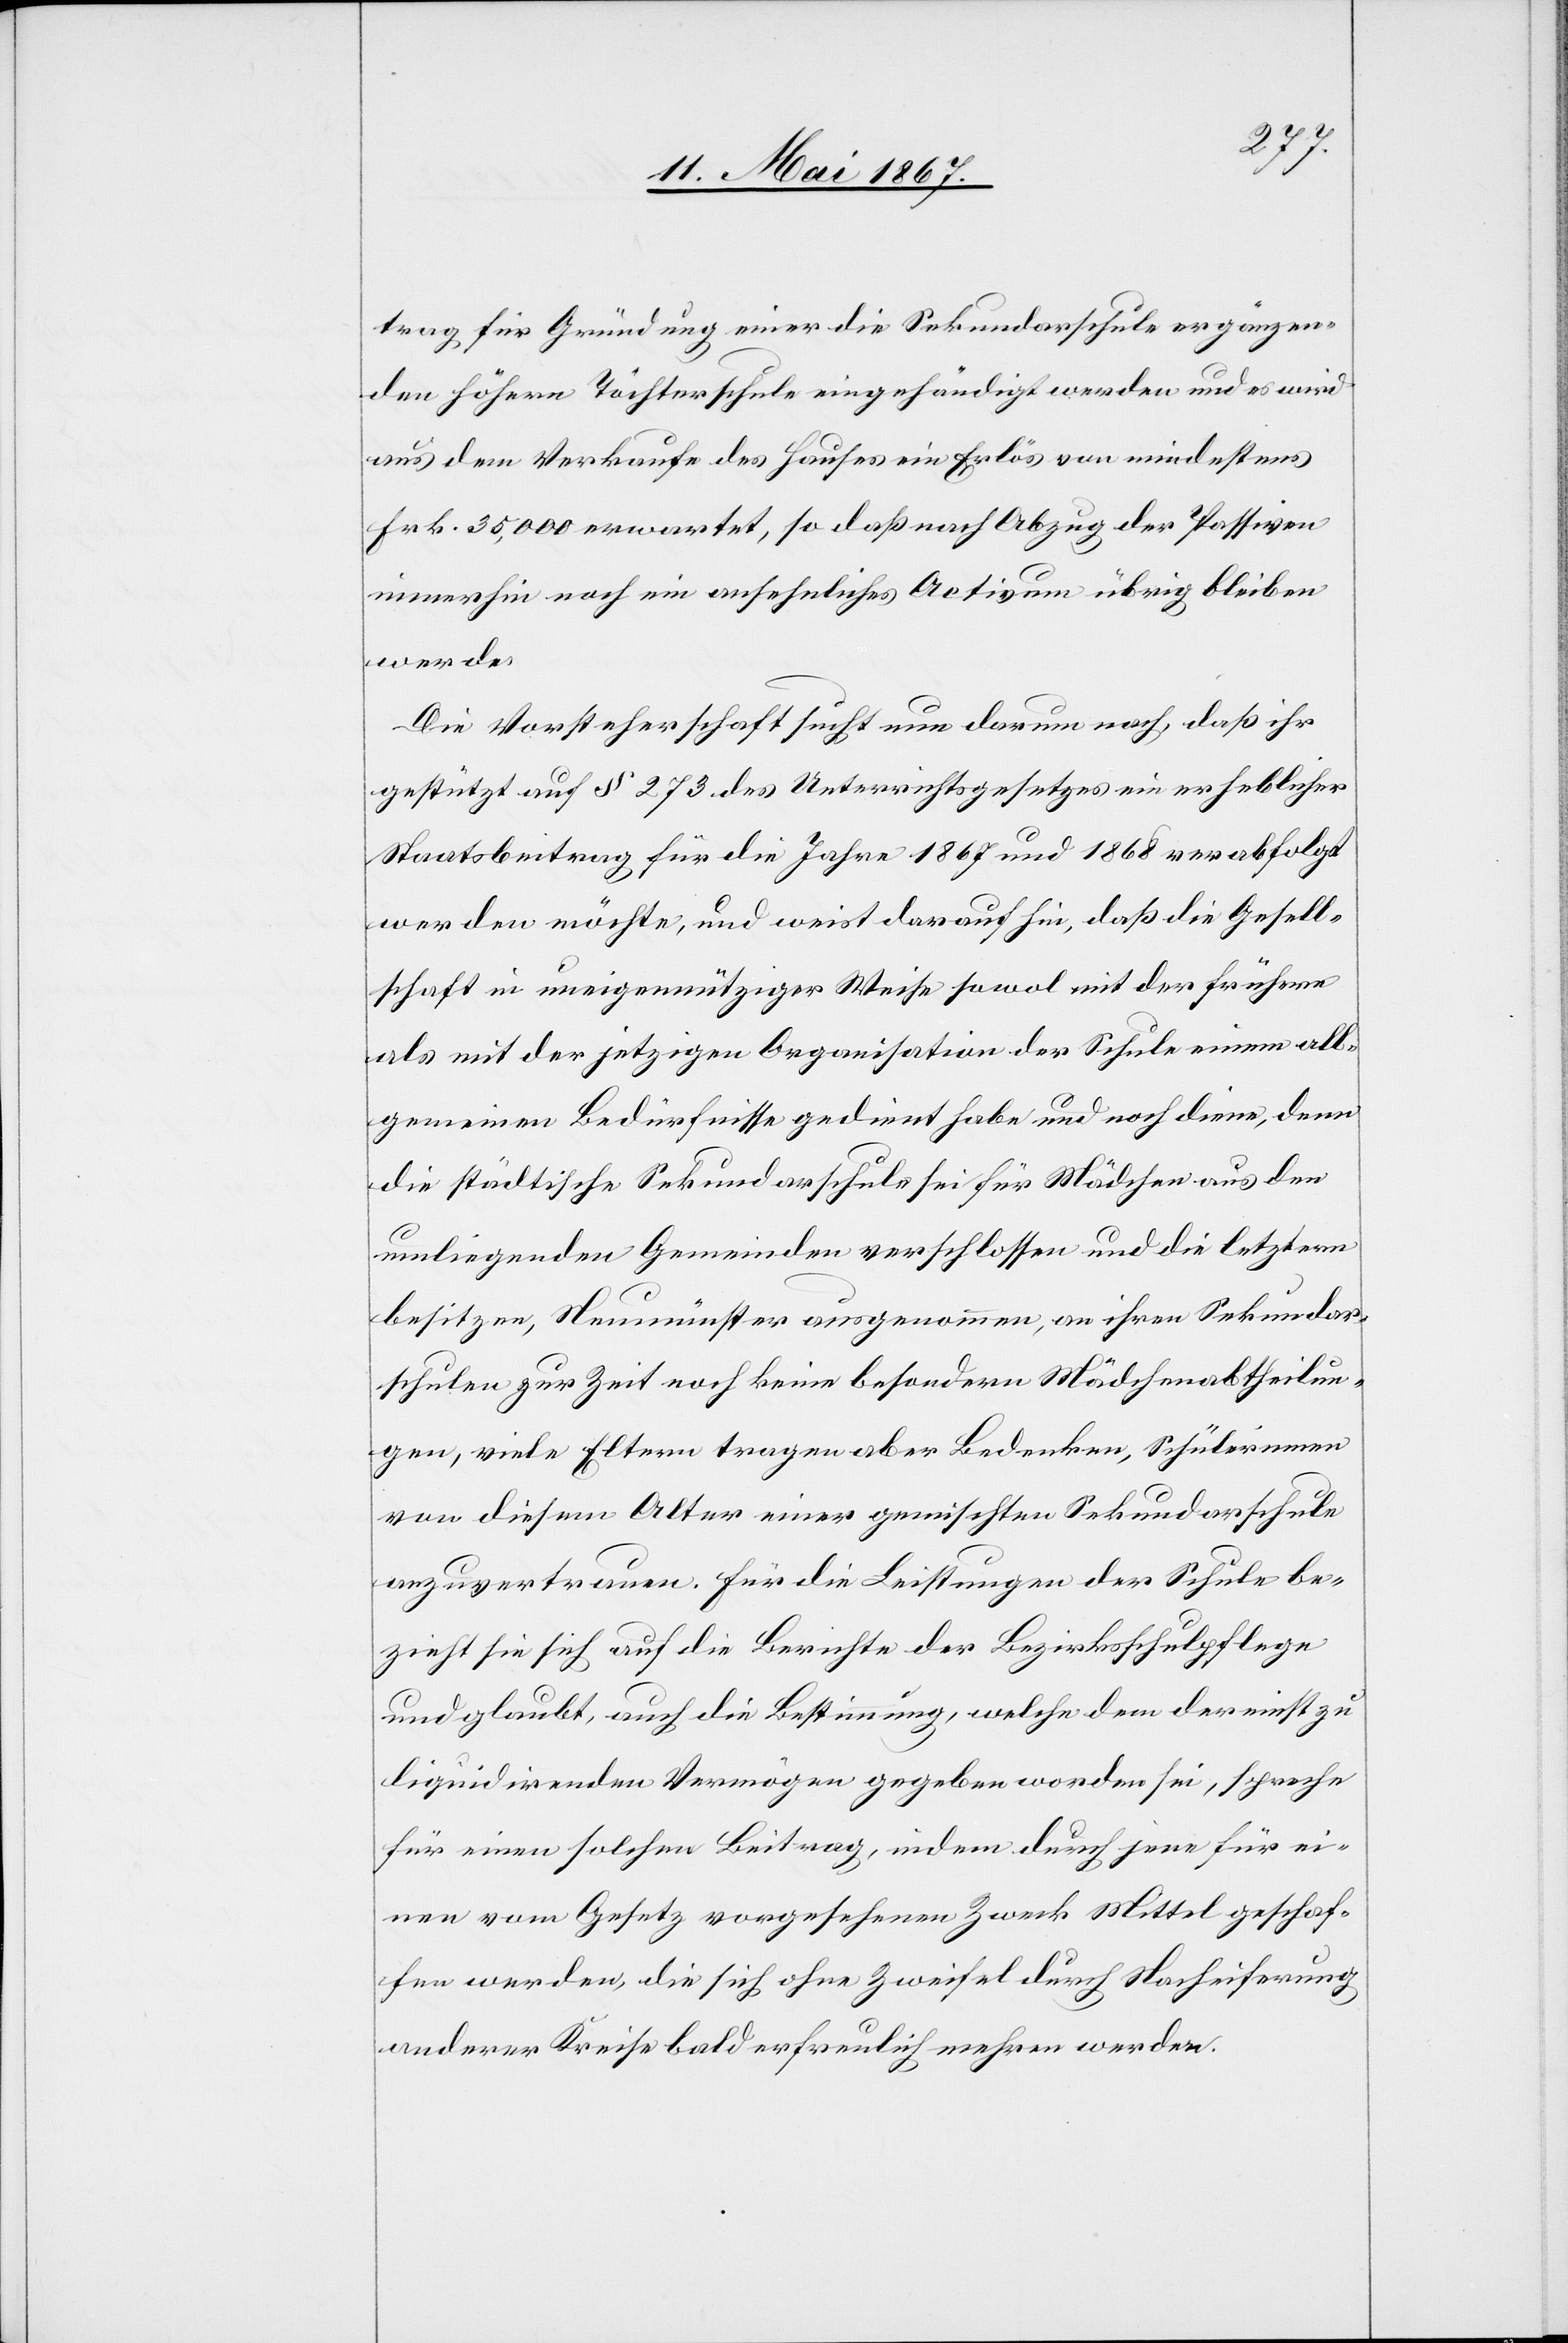
trag für Gründung einer die Sekundarschule ergänzen¬
den höhern Töchterschule eingehändigt werden und es wird
aus dem Verkaufe des Hauses ein Erlös von mindestens
Frk. 35,000 erwartet, so daß nach Abzug der Passiven
immerhin noch ein ansehnliches Activum übrig bleiben
werde.
Die Vorsteherschaft sucht nun darum nach, daß ihr
gestützt auf § 273 des Unterrichtsgesetzes ein erheblicher
Staatsbeitrag für die Jahre 1867 und 1868 verabfolgt
werden möchte, und weist darauf hin, daß die Gesell¬
schaft in uneigennütziger Weise sowol mit der früheren
als mit der jetzigen Organisation der Schule einem all¬
gemeinen Bedürfnisse gedient habe und noch diene, denn
die städtische Sekundarschule sei für Mädchen aus den
umliegenden Gemeinden verschlossen und die letztern
besitzen, Neumünster ausgenommen, an ihren Sekundar¬
schulen zur Zeit noch keine besondern Mädchenabtheilun¬
gen, viele Eltern tragen aber Bedenken, Schülerinnen
von diesem Alter einer gemischten Sekundarschule
anzuvertrauen. Für die Leistungen der Schule be¬
zieht sie sich auf die Berichte der Bezirksschulpflege
und glaubt, auch die Bestimmung, welche dem der nicht zu
liquidirenden Vermögen gegeben worden sei, spreche
für einen solchen Beitrag, indem durch jene für ei¬
nen vom Gesetz vorgesehenen Zweck Mittel geschaf¬
fen werden, die sich ohne Zweifel durch Nacheiferung
anderer Kreise bald erfreulich mehren werden.